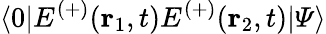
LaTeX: \langle 0|E^{(+)}(\mathbf{r}_{1},t)E^{(+)}(\mathbf{r}_{2},t)|\varPsi\rangle